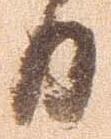
日